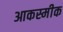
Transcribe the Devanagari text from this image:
आकस्मीक